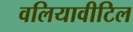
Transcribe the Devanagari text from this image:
वलियावीटिल